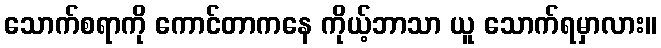
သောက်စရာကို ကောင်တာကနေ ကိုယ့်ဘာသာ ယူ သောက်ရမှာလား။